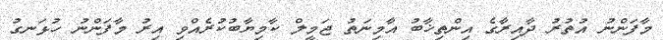
މާފަންނު އުތުރު ދާއިރާގެ އިންތިޚާބު އާމިނަތު ޖަމީލް ކާމިޔާބުކުރެއްވި އިރު މާފަންނު ހުޅަނގު